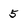
Character: 5